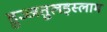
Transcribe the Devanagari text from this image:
हुज्जतुलइस्लाम